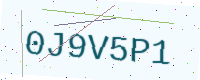
Text: 0J9V5P1